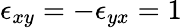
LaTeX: \epsilon_{xy}=-\epsilon_{yx}=1